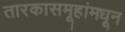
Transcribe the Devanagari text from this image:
तारकासमूहांमधून